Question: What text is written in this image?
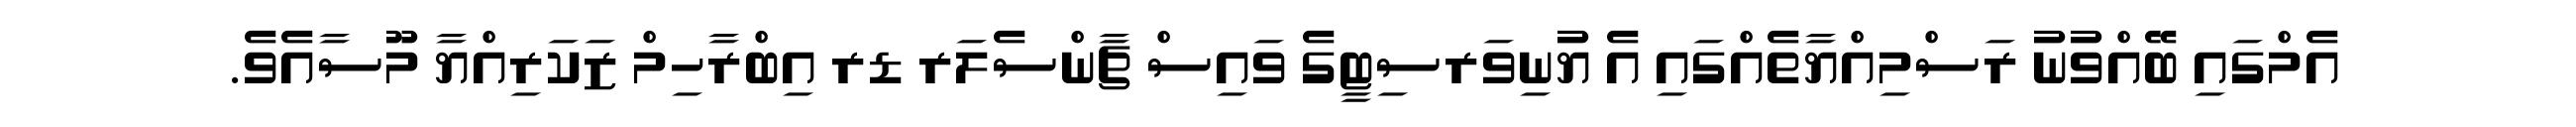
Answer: އެމްގައި ބޭއްވުނު ރަސްމިއްޔާތެއްގައި އެ ޔުނިވަރސިޓީގެ ވައިސް ޗާންސެލަރ ޑރ އިބްރާހިމް ޒަކަރިއްޔާ މޫސާއެވެ.